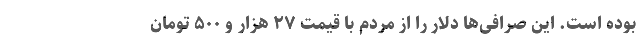
بوده است. این صرافی‌ها دلار را از مردم با قیمت ۲۷ هزار و ۵۰۰ تومان